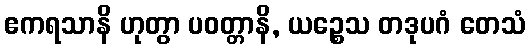
ဧကရသာနိ ဟုတွာ ပဝတ္တာနိ, ယဉ္စေသ တဒုပဂံ တေသံ